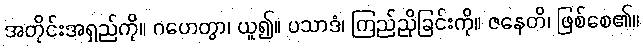
အတိုင်းအရှည်ကို။ ဂဟေတွာ၊ ယူ၍။ ပသာဒံ၊ ကြည်ညိုခြင်းကို။ ဇနေတိ၊ ဖြစ်စေ၏။